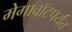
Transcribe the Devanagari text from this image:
मेगावॉटपर्यंत